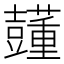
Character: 𧄓